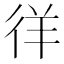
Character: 徉